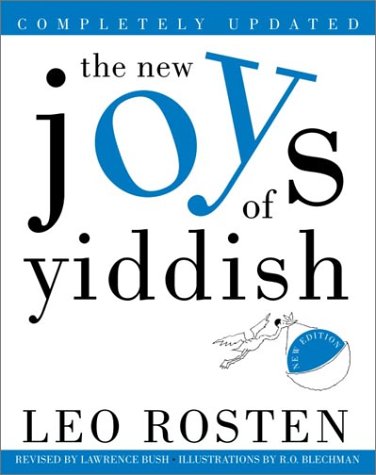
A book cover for The New Joys of Yiddish: Completely Updated; Leo Rosten; Politics & Social Sciences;